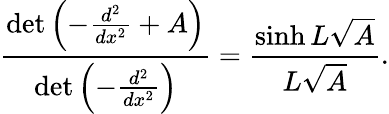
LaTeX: {\frac{\operatorname*{det}\left(-{\frac{d^{2}}{dx^{2}}}+A\right)}{\operatorname*{det}\left(-{\frac{d^{2}}{dx^{2}}}\right)}}={\frac{\sinh L{\sqrt{A}}}{L{\sqrt{A}}}}.